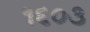
૧૬૦૩